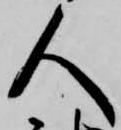
人